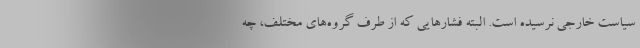
سیاست خارجی نرسیده است. البته فشارهایی که از طرف گروه‌های مختلف، چه